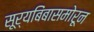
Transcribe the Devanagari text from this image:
सूर्यबिंबासमोरून